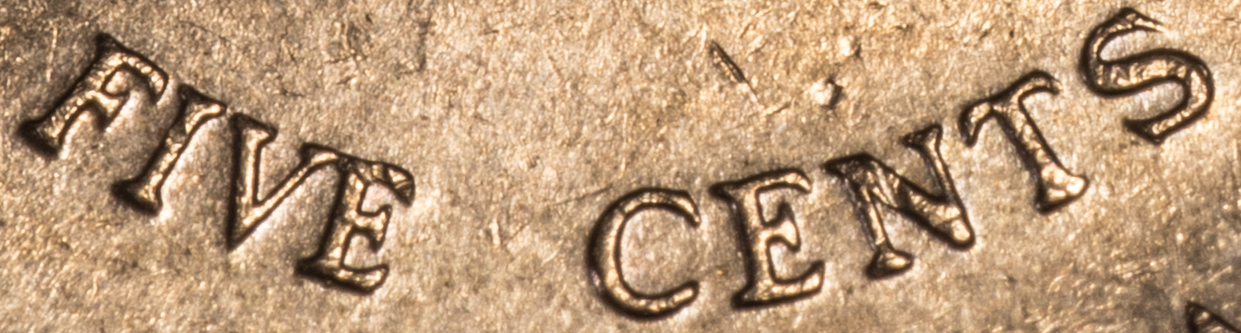
FIVE CENTS